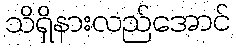
သိရှိနားလည်အောင်